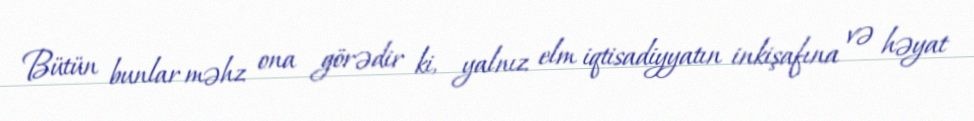
Bütün bunlar məhz ona görədir ki, yalnız elm iqtisadiyyatın inkişafına və həyat